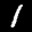
Label: 1